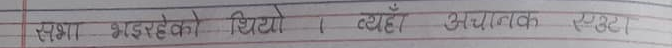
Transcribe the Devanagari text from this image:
सधा भइरहनेको थियो । त्यहाँ अत्यन्त एकान्त